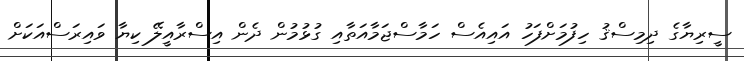
ސީރިޔާގެ ދިމިސްޤު ހިފުމަށްފަހު އައިއެސް ހަމާސްޖަމާއަތާއި ގުޅުމުން ދެން އިސްރާއީލޭ ކިޔާ ވައިރަސްއަކަށް